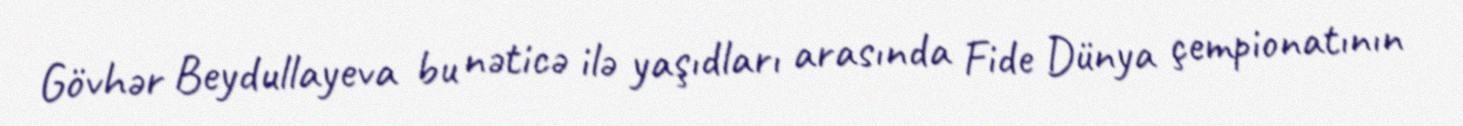
Gövhər Beydullayeva bu nəticə ilə yaşıdları arasında Fide Dünya çempionatının